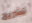
تشريح